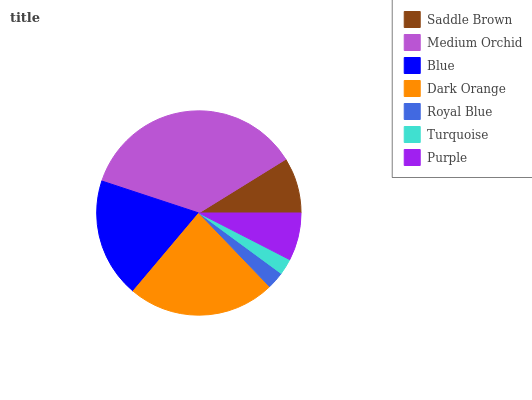
| Saddle Brown | Medium Orchid | Blue | Dark Orange | Royal Blue | Turquoise | Purple |
 | --- | --- | --- | --- | --- | --- | --- |
 | 8.81% | 36.1% | 18.9% | 23.4% | 2.73% | 2.54% | 7.54% |